Report on sanitation, dispensaries, and jails in Rajputana for 1912, and on vaccination for the year 1912-1913 - 1912-1913
Year: 1912
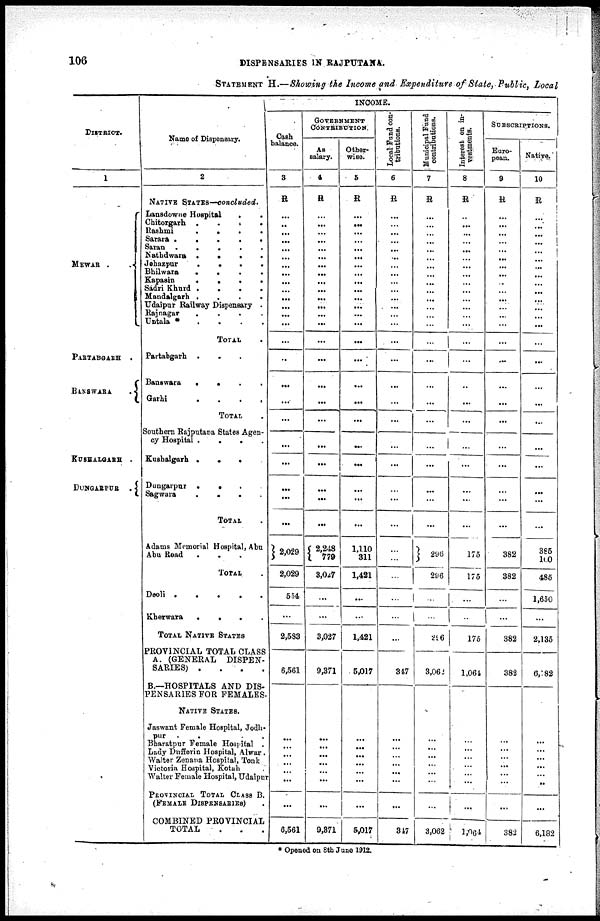
106
DISPENSARIES IN RAJPUTANA.
STATEMENT H.—Showing the Income and Expenditure of State, Public, Local
DISTRICT.
1
MEWAR .
.
PARTABGARH .
BANSWARA
.
KUSHALGARH .
DUNGARPUR .
Name of Dispensary.
2
NATIVE STATES—concluded.
Lansdowne Hospital
. .
Chitorgarh
. . . .
Rashmi
.
.
.
.
Sarara .
.
.
.
.
Saran .
.
.
.
.
Nathdwara .
.
.
.
Jehazpur
.
.
.
.
Bhilwara
.
.
.
.
Kapasin
.
.
.
.
Sadri Khurd .
.
.
.
Mandalgarh . . . .
Udaipur Railway Dispensary .
Rajnagar
.
.
.
.
Untala * . . . .
TOTAL .
Partabgarh . . .
Banswara
.
.
.
.
Garhi
.
.
.
.
TOTAL .
Southern Rajputana States Agen-
cy Hospital .
.
.
.
Kushalgarh .
.
.
Dungarpur .
.
.
Sagwara
.
. . .
TOTAL .
Adams Memorial Hospital, Abu
Abu Road
.
.
.
TOTAL .
Deoli .
.
.
.
.
Kherwara
.
.
.
.
TOTAL NATIVE STATES
PROVINCIAL TOTAL CLASS
A. (GENERAL DISPEN-
SARIES) .
.
. .
B.—HOSPITALS AND DIS¬
PENSARIES FOR FEMALES.
NATIVE STATES.
Jaswant Female Hospital, Jodh¬
pur . . .
Bharatpur Female Hospital .
Lady Dufferin Hospital, Alwar.
Walter Zenana Hospital, Tonk
Victoria Hospital, Kotah
Walter Female Hospital, Udaipur
PROVINCIAL TOTAL CLASS B.
(FEMALE DISPENSARIES)
COMBINED PROVINCIAL
TOTAL
. . .
INCOME.
Cash
balance.
3
R
...
...
...
...
...
...
...
...
...
...
...
...
...
...
...
..
...
...
...
...
...
...
...
...
2,029
2,029
554
...
2,583
6,561
...
...
...
...
...
...
...
6,561
GOVERNMENT
CONTRIBUTION
As
salary.
4
R
...
...
...
...
...
...
...
...
...
...
...
...
...
...
...
...
...
...
...
...
...
...
...
...
2,248
779
3,027
...
...
3,027
9,371
...
...
...
...
...
...
...
9,371
Other-
wise.
5
R
...
...
...
...
...
...
...
...
...
...
...
...
...
...
...
...
...
...
...
...
...
...
...
...
1,110
311
1,421
...
...
1,421
5,017
...
...
...
...
...
...
...
5,017
Local Fund con-
tributions.
6
R
...
...
...
...
...
...
...
...
...
...
...
...
...
...
...
...
...
...
...
...
...
...
...
...
...
...
...
...
...
...
347
...
...
...
...
...
...
...
347
Municipal Fund
contributions.
7
R
...
...
...
...
...
...
...
...
...
...
...
...
...
...
...
...
...
...
...
...
...
...
...
...
296
296
...
...
296
3,062
...
...
...
...
...
...
...
3,062
Interest on in¬
vestments.
8
R
..
...
...
...
...
...
...
...
...
...
...
...
...
...
...
...
..
...
...
...
...
...
...
...
175
175
...
...
175
1,064
...
...
...
...
...
...
...
1,064
SUBSCRIPTIONS.
Euro-
pean,
9
R
...
...
...
...
...
...
...
...
..
...
...
...
...
...
...
...
...
...
...
...
...
...
...
...
382
382
...
...
382
382
...
...
...
...
...
...
...
382
Native.
10
R
...
...
...
...
...
...
...
...
...
...
...
...
...
...
...
...
...
...
...
...
...
...
...
...
385
100
485
1,650
...
2,135
6,182
...
...
...
...
...
...
...
6,182
* Opened on 8th June 1912.